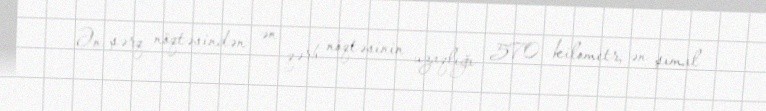
Ən şərq nöqtəsindən ən qərb nöqtəsinin uzaqlığı 570 kilometr, ən şimal